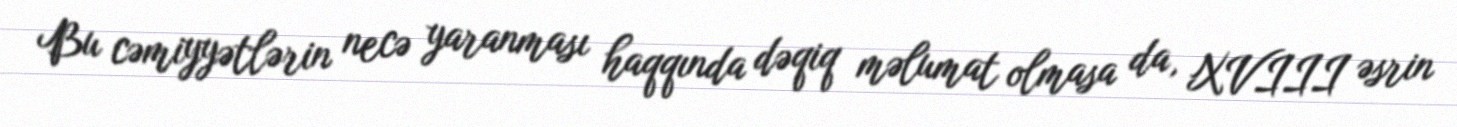
Bu cəmiyyətlərin necə yaranması haqqında dəqiq məlumat olmasa da, XVIII əsrin